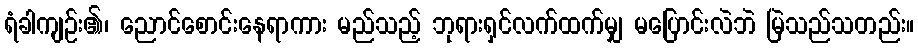
ရံခါကျဉ်း၏၊ ညောင်စောင်းနေရာကား မည်သည့် ဘုရားရှင်လက်ထက်မျှ မပြောင်းလဲဘဲ မြဲသည်သတည်း။